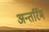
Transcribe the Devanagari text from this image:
अन्तर्रिम